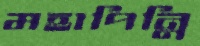
মহাপিন্নি